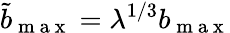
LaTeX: \tilde{b}_{\mathrm{~m~a~x~}}=\lambda^{1/3}b_{\mathrm{~m~a~x~}}